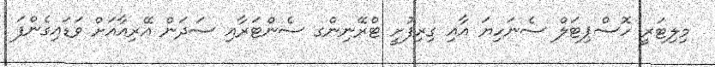
މިލިޓަރީ ހޮސްޕިޓަލް ސެނަހިޔަ އާއި ގިރިފުށީ ޓްރޭނިންގ ސެންޓަރާއި ސަދަން އޭރިއާއަށް ވަޑައިގެންފަ